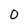
Character: 0